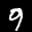
Label: 9